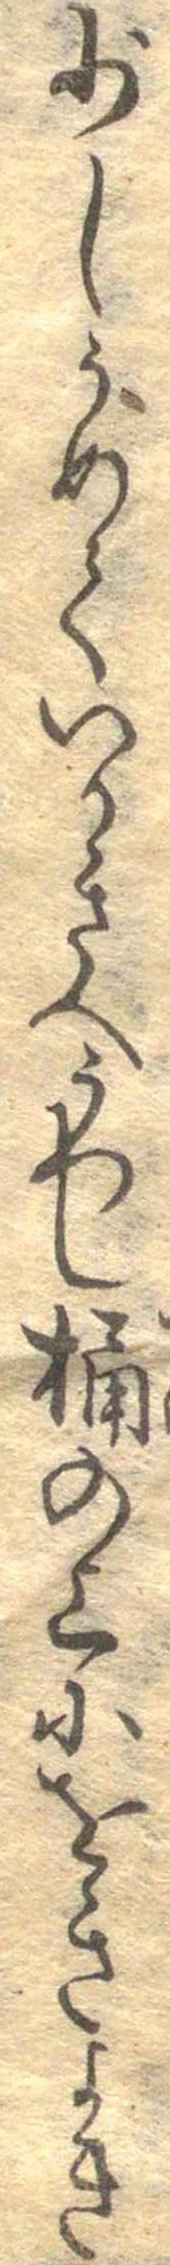
少しうめていかきへうつし桶の上にをきよき